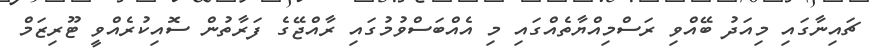
ޗައިނާގައި މިއަދު ބޭއްވި ރަސްމިއްޔާތެއްގައި މި އެއްބަސްވުމުގައި ރާއްޖޭގެ ފަރާތުން ސޮއިކުރެއްވީ ޓޫރިޒަމް